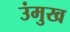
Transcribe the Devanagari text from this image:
उंमुख